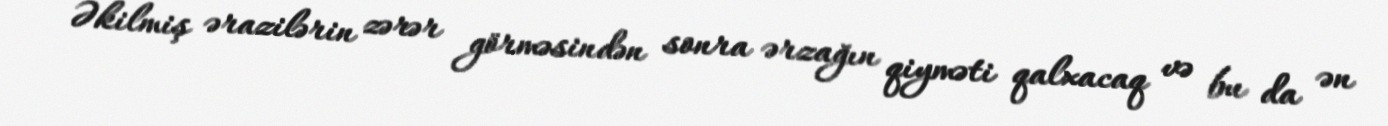
Əkilmiş ərazilərin zərər görməsindən sonra ərzağın qiyməti qalxacaq və bu da ən